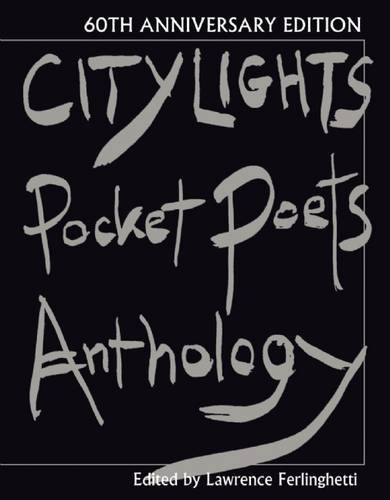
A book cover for City Lights Pocket Poets Anthology: 60th Anniversary Edition (City Lights Pocket Poets Series); Gay & Lesbian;